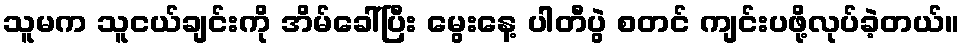
သူမက သူငယ်ချင်းကို အိမ်ခေါ်ပြီး မွေးနေ့ ပါတီပွဲ စတင် ကျင်းပဖို့လုပ်ခဲ့တယ်။